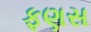
ફણસ